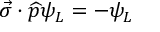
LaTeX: \vec { \sigma } \cdot \widehat { p } \psi _ { L } = - \psi _ { L }